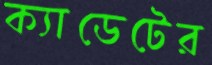
ক্যাডেটের